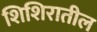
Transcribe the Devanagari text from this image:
शिशिरातील